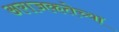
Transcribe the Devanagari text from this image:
अराजकतेच्या